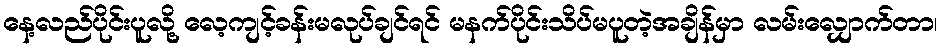
နေ့လည်ပိုင်းပူလို့ လေ့ကျင့်ခန်းမလုပ်ချင်ရင် မနက်ပိုင်းသိပ်မပူတဲ့အချိန်မှာ လမ်းလျှောက်တာ၊